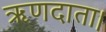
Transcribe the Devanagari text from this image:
ऋणदाता।